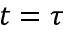
t = \tau